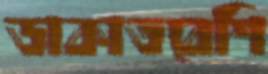
ডাকাতবেশি